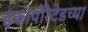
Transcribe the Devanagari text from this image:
इंकॉर्पोरेटेडच्या